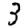
Digit: 3